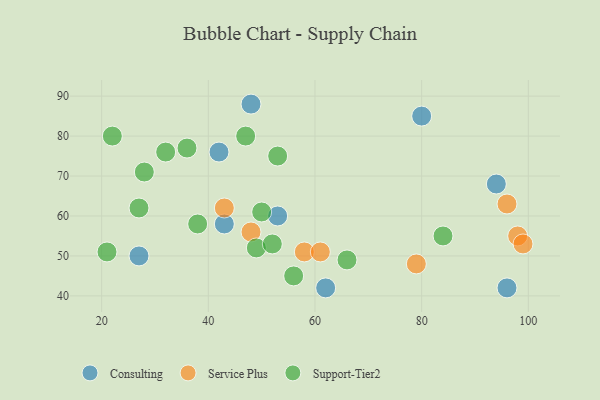
{"axis": {"x": "GDP", "y": "Life Expectancy"}, "legend": ["Consulting", "Service Plus", "Support-Tier2"], "data": [{"x": "80", "y": 85, "type": "Consulting"}, {"x": "94", "y": 68, "type": "Consulting"}, {"x": "48", "y": 88, "type": "Consulting"}, {"x": "62", "y": 42, "type": "Consulting"}, {"x": "96", "y": 42, "type": "Consulting"}, {"x": "53", "y": 60, "type": "Consulting"}, {"x": "27", "y": 50, "type": "Consulting"}, {"x": "43", "y": 58, "type": "Consulting"}, {"x": "42", "y": 76, "type": "Consulting"}, {"x": "48", "y": 56, "type": "Service Plus"}, {"x": "98", "y": 55, "type": "Service Plus"}, {"x": "43", "y": 62, "type": "Service Plus"}, {"x": "58", "y": 51, "type": "Service Plus"}, {"x": "61", "y": 51, "type": "Service Plus"}, {"x": "96", "y": 63, "type": "Service Plus"}, {"x": "79", "y": 48, "type": "Service Plus"}, {"x": "99", "y": 53, "type": "Service Plus"}, {"x": "47", "y": 80, "type": "Support-Tier2"}, {"x": "49", "y": 52, "type": "Support-Tier2"}, {"x": "50", "y": 61, "type": "Support-Tier2"}, {"x": "38", "y": 58, "type": "Support-Tier2"}, {"x": "36", "y": 77, "type": "Support-Tier2"}, {"x": "27", "y": 62, "type": "Support-Tier2"}, {"x": "32", "y": 76, "type": "Support-Tier2"}, {"x": "28", "y": 71, "type": "Support-Tier2"}, {"x": "52", "y": 53, "type": "Support-Tier2"}, {"x": "56", "y": 45, "type": "Support-Tier2"}, {"x": "66", "y": 49, "type": "Support-Tier2"}, {"x": "53", "y": 75, "type": "Support-Tier2"}, {"x": "84", "y": 55, "type": "Support-Tier2"}, {"x": "21", "y": 51, "type": "Support-Tier2"}, {"x": "22", "y": 80, "type": "Support-Tier2"}]}